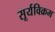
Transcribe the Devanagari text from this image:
सूर्यविक्रम